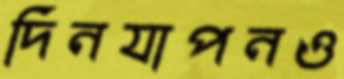
দিনযাপনও